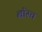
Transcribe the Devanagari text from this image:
बॉस्च